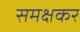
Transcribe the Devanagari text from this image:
समक्षकर